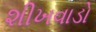
શીખવાડો